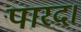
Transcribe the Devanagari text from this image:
पारद।